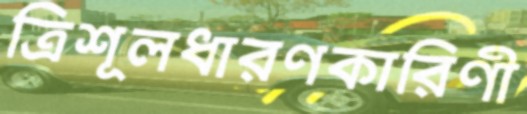
ত্রিশূলধারণকারিণী